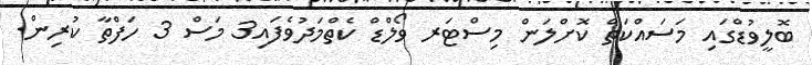
ބޮލީވުޑްގައި މަސައްކަތް ކޮށްލަން މިސްޓަރ ވޯލްޑް ކެތްމަދުވެފައި3 މަސް 3 ހަފްތާ ކުރިން.